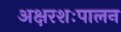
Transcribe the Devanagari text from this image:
अक्षरशःपालन